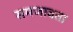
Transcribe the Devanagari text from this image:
समजावता